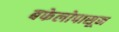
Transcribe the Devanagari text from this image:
बफेलोपासून